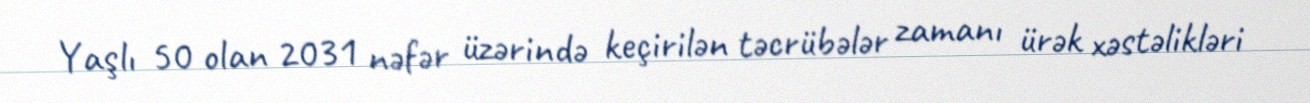
Yaşlı 50 olan 2031 nəfər üzərində keçirilən təcrübələr zamanı ürək xəstəlikləri